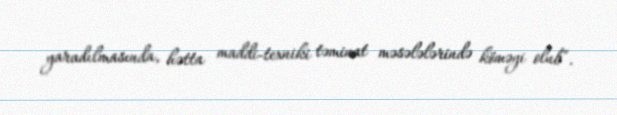
yaradılmasında, hətta maddi-texniki təminat məsələlərində köməyi olub”.